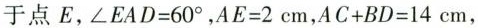
于点E，$$\angle EAD＝60 ^ { \circ }$$,$$AE=2cm$$，$$AC+BD=14cm$$